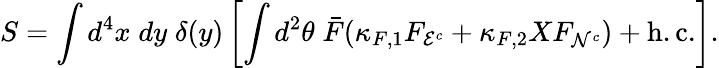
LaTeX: S=\int d^{4}x\; dy\; \delta(y)\left[\int d^{2}\theta\; \bar{F}(\kappa_{F,1}F_{{\cal E}^{c}}+\kappa_{F,2}XF_{{\cal N}^{c}})+\mathrm{h.c.}\right].